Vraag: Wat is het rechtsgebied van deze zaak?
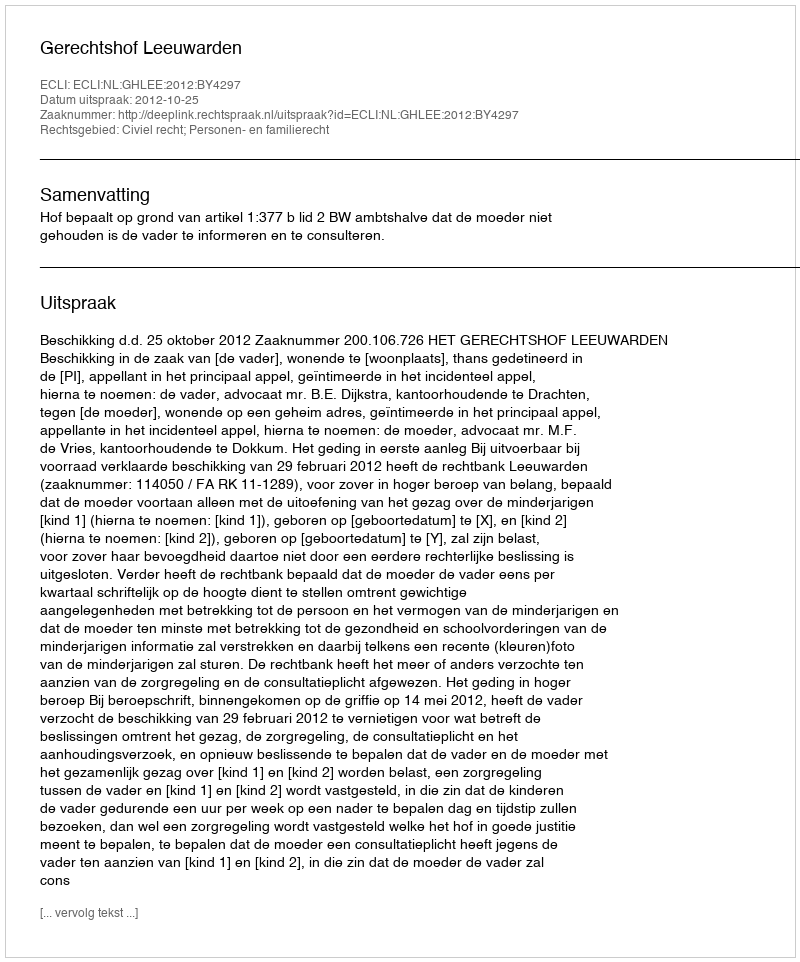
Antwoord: Civiel recht; Personen- en familierecht